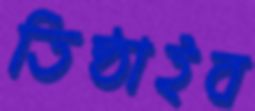
তিষ্ঠাইব